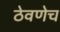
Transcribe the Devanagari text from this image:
ठेवणेच